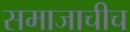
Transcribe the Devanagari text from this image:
समाजाचीच